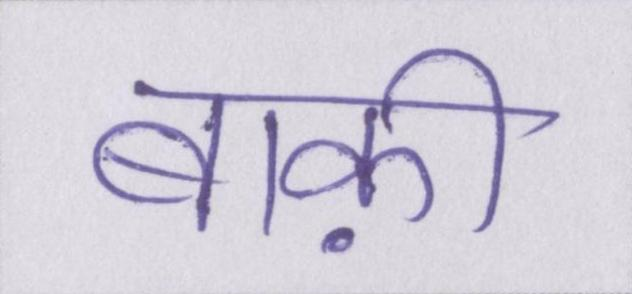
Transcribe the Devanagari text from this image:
बाक़ी